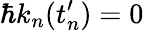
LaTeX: \hbar k_{n}(t_{n}^{\prime})=0